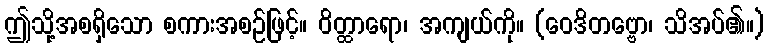
ဤသို့အစရှိသော စကားအစဉ်ဖြင့်။ ဝိတ္ထာရော၊ အကျယ်ကို။ (ဝေဒိတဗ္ဗော၊ သိအပ်၏။)